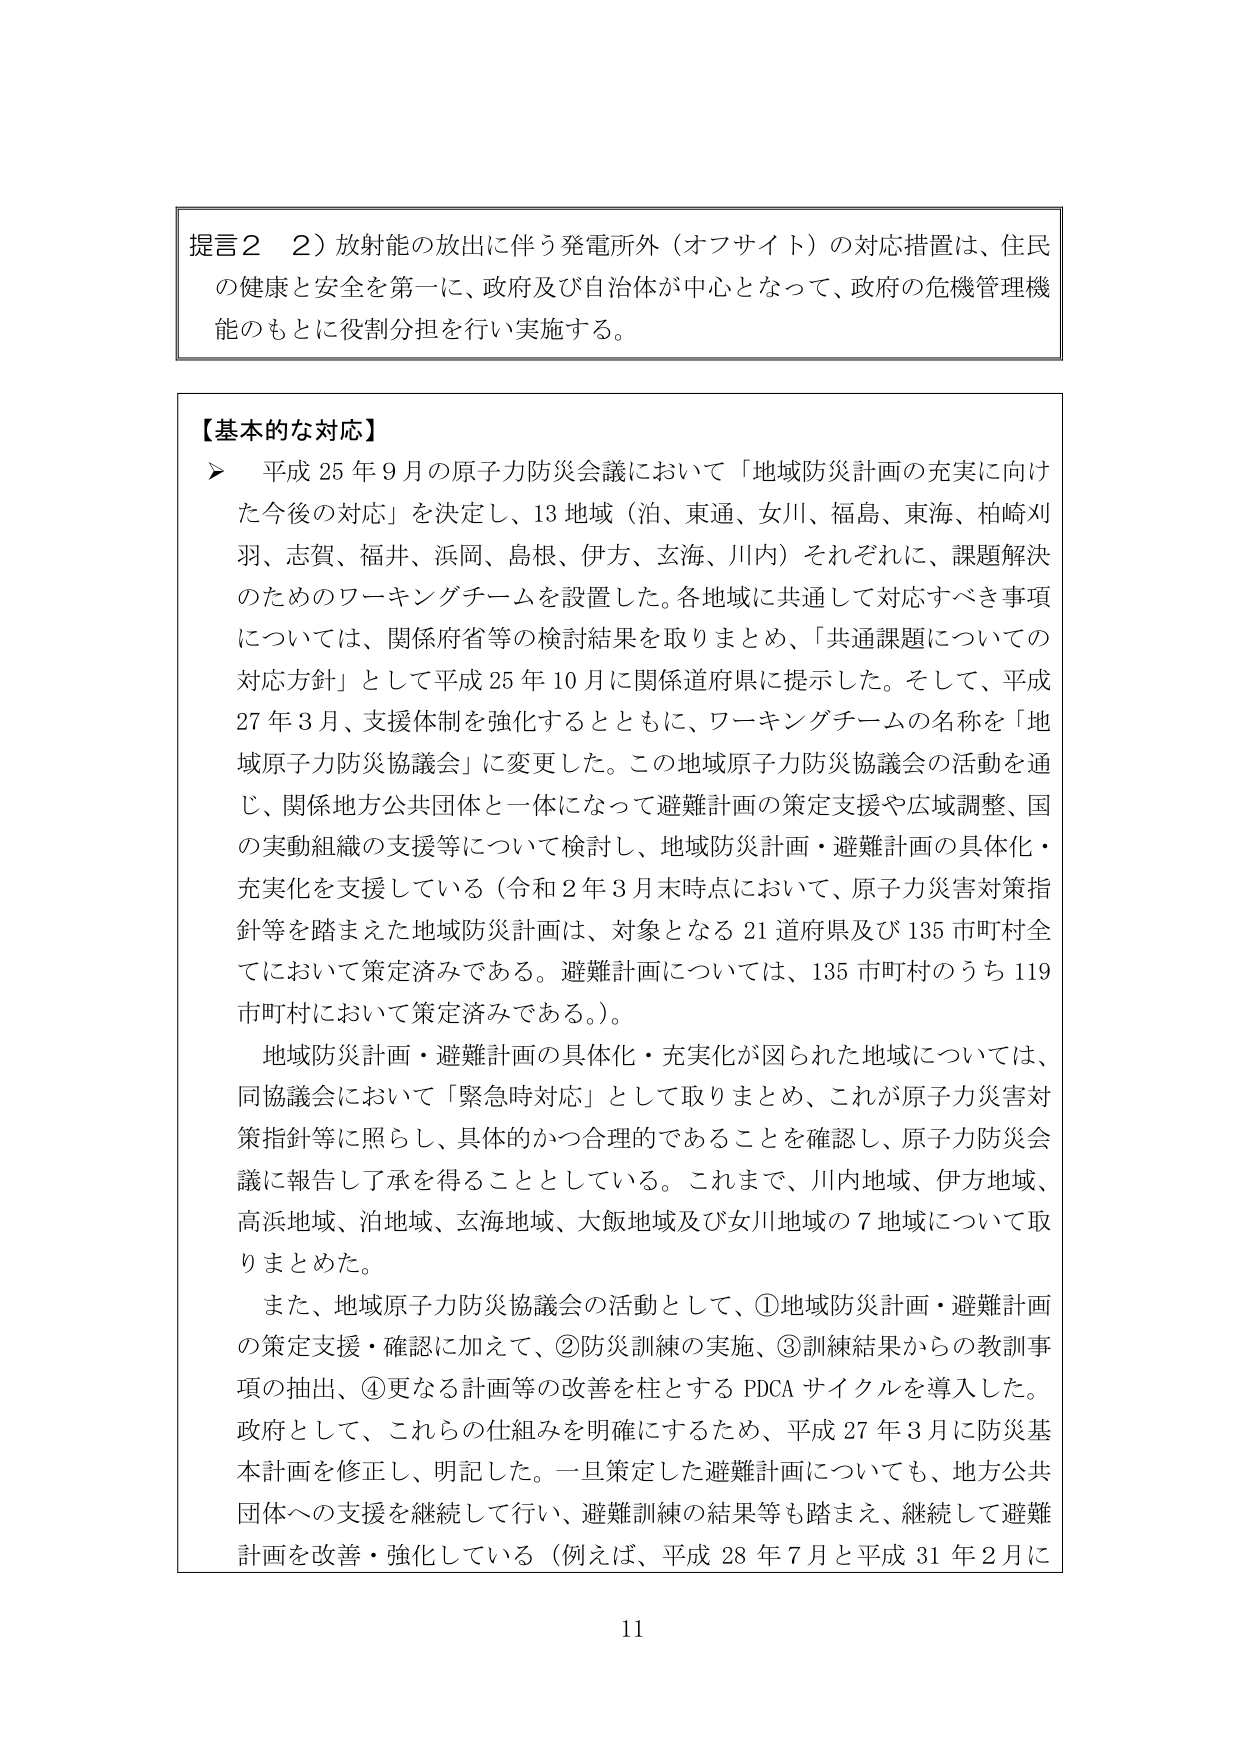
提言２　２）放射能の放出に伴う発電所外（オフサイト）の対応措置は、住民の健康と安全を第一に、政府及び自治体が中心となって、政府の危機管理機能のもとに役割分担を行い実施する。

【基本的な対応】
▶　平成25年9月の原子力防災会議において「地域防災計画の充実に向けた今後の対応」を決定し、13地域（泊、東通、女川、福島、東海、柏崎刈羽、志賀、福井、浜岡、島根、伊方、玄海、川内）それぞれに、課題解決のためのワーキングチームを設置した。各地域に共通して対応すべき事項については、関係府省等の検討結果を取りまとめ、「共通課題についての対応方針」として平成25年10月に関係道府県に提示した。そして、平成27年3月、支援体制を強化するとともに、ワーキングチームの名称を「地域原子力防災協議会」に変更した。この地域原子力防災協議会の活動を通じ、関係地方公共団体と一体になって避難計画の策定支援や広域調整、国の実動組織の支援等について検討し、地域防災計画・避難計画の具体化・充実化を支援している（令和2年3月末時点において、原子力災害対策指針等を踏まえた地域防災計画は、対象となる21道府県及び135市町村全てにおいて策定済みである。避難計画については、135市町村のうち119市町村において策定済みである。）。

　地域防災計画・避難計画の具体化・充実化が図られた地域については、同協議会において「緊急時対応」として取りまとめ、これが原子力災害対策指針等に照らし、具体的かつ合理的であることを確認し、原子力防災会議に報告し了承を得ることとしている。これまで、川内地域、伊方地域、高浜地域、泊地域、玄海地域、大飯地域及び女川地域の7地域について取りまとめた。

　また、地域原子力防災協議会の活動として、①地域防災計画・避難計画の策定支援・確認に加えて、②防災訓練の実施、③訓練結果からの教訓事項の抽出、④更なる計画等の改善を柱とするPDCAサイクルを導入した。政府として、これらの仕組みを明確にするため、平成27年3月に防災基本計画を修正し、明記した。一旦策定した避難計画についても、地方公共団体への支援を継続して行い、避難訓練の結果等も踏まえ、継続して避難計画を改善・強化している（例えば、平成28年7月と平成31年2月に

11